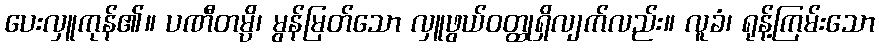
ပေးလှူကုန်၏။ ပဏီတမ္ပိ၊ မွန်မြတ်သော လှူဖွယ်ဝတ္ထုရှိလျက်လည်း။ လူခံ၊ ရုန့်ကြမ်းသော